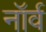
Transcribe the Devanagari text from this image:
नॉर्व